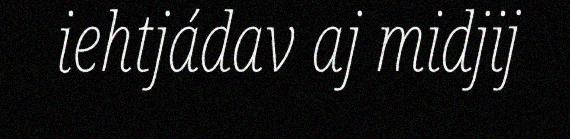
iehtjádav aj midjij